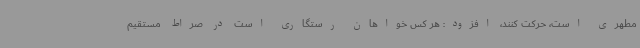
مطهری است، حرکت کنند، افزود: هر کس خواهان رستگاری است در صراط مستقیم